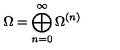
\Omega = \bigoplus _ { n = 0 } ^ { \infty } \Omega ^ { ( n ) }